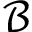
\mathcal { B }